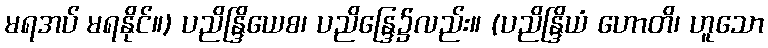
မရအပ် မရနိုင်။) ပညိန္ဒြိယေစ၊ ပညိန္ဒြေ၌လည်း။ (ပညိန္ဒြိယံ ဟောတိ၊ ဟူသော